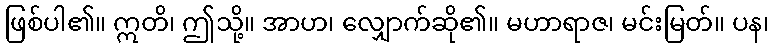
ဖြစ်ပါ၏။ ဣတိ၊ ဤသို့။ အာဟ၊ လျှောက်ဆို၏။ မဟာရာဇ၊ မင်းမြတ်။ ပန၊